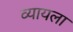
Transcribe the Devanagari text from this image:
व्यायला